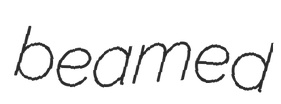
beamed